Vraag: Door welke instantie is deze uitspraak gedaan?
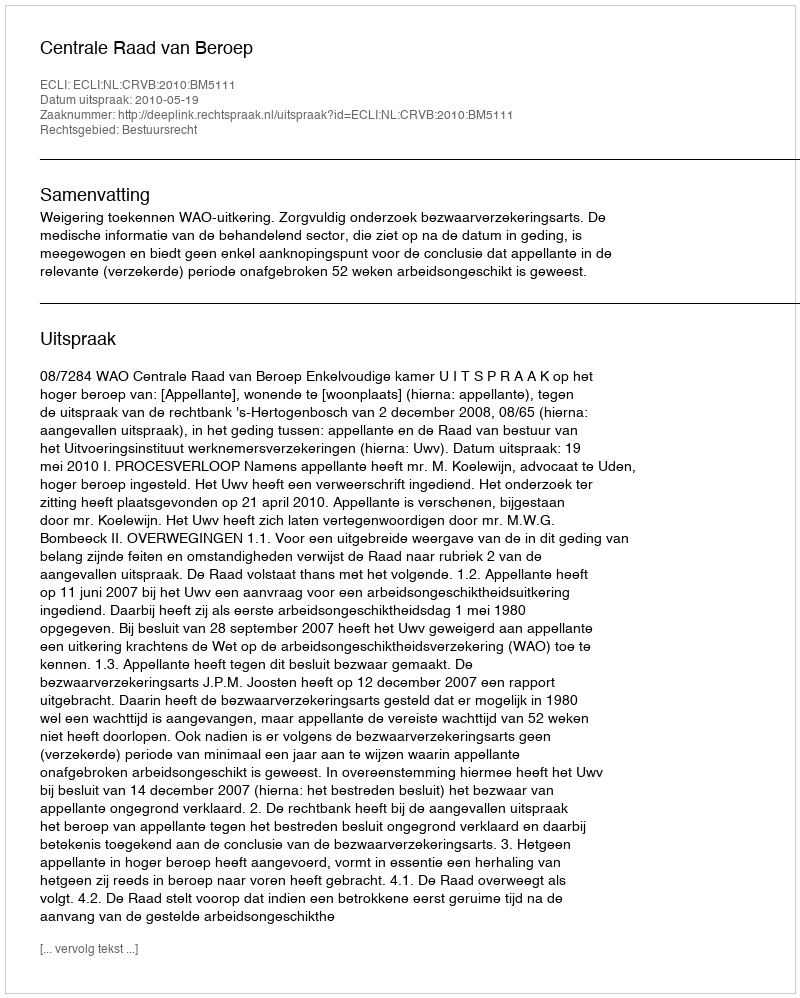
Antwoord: Centrale Raad van Beroep